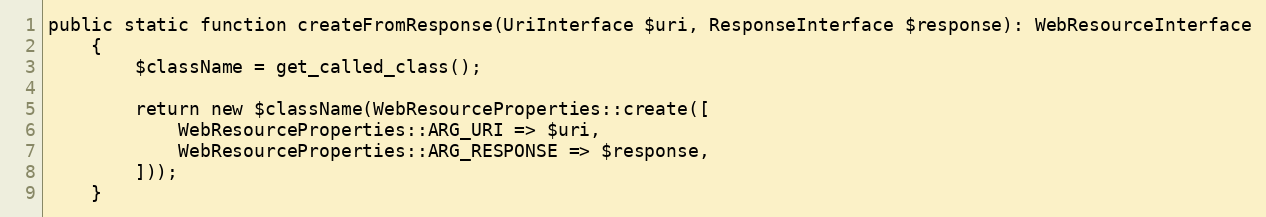
Language: PHP
public static function createFromResponse(UriInterface $uri, ResponseInterface $response): WebResourceInterface
    {
        $className = get_called_class();

        return new $className(WebResourceProperties::create([
            WebResourceProperties::ARG_URI => $uri,
            WebResourceProperties::ARG_RESPONSE => $response,
        ]));
    }